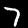
Label: 7